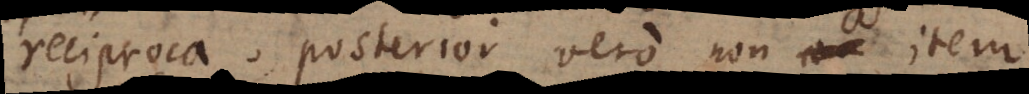
reciproca, posterior vero non item.